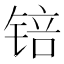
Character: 锫